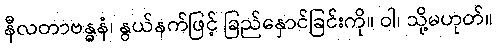
နီလတာဗန္ဓနံ၊ နွယ်နက်ဖြင့် ခြည်နှောင်ခြင်းကို။ ဝါ၊ သို့မဟုတ်။